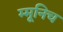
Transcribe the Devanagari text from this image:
म्मूनिच